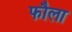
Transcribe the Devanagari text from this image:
फौला